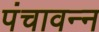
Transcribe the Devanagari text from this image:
पंचावन्‍न